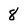
Character: 8